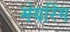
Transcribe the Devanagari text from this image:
मेयरिंग